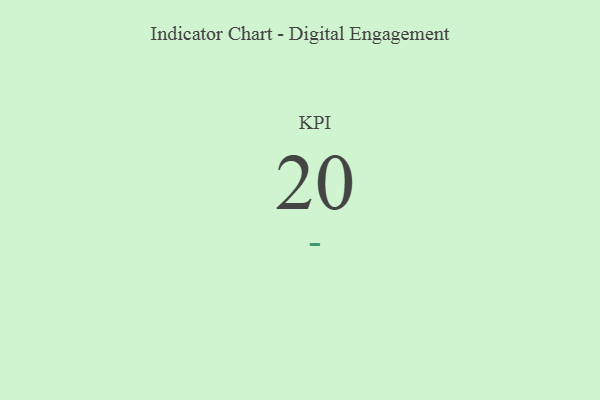
{"axis": {"x": "KPI", "y": "Value"}, "legend": [""], "data": [{"x": "KPI", "y": 20, "type": ""}]}